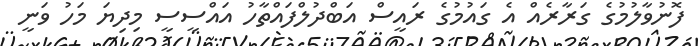
ފޮނުވާލުމުގެ ގަރާރެއް އެ ގައުމުގެ ރައީސް އަބްދުލްފައްތާހު އައްސީސީ މިދިޔަ މަހު ވަނީ